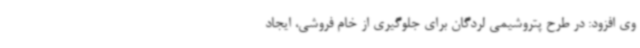
وی افزود: در طرح پتروشیمی لردگان برای جلوگیری از خام فروشی، ایجاد